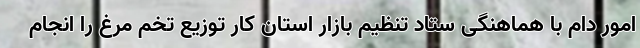
امور دام با هماهنگی ستاد تنظیم بازار استان کار توزیع تخم مرغ را انجام